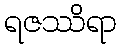
ရဇဿိရာ